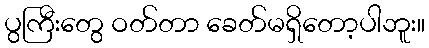
ပွကြီးတွေ ဝတ်တာ ခေတ်မရှိတော့ပါဘူး။